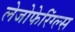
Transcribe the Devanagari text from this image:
लेजोफेरिंग्ल्स